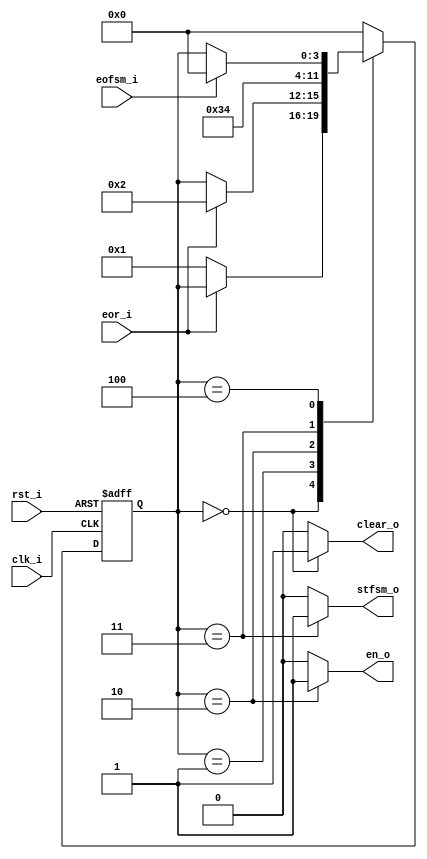
// Name: fsm_terminal.v
//
// Description: FSM para terminal de comandos

module fsm_terminal (
  input      rst_i,
  input      clk_i,
  input      eor_i,
  input      eofsm_i,
  output reg en_o,
  output reg clear_o,
  output reg stfsm_o
);

  localparam [3:0] s0  = 4'd0,  // Detectar activacion de rx
                   s1  = 4'd1,  // Esperar que termine rx 
                   s2  = 4'd2,  // Cargar buffer
                   s3  = 4'd3,  // Activar fsm
                   s4  = 4'd4;  // Esperar a que termine


  reg [3:0] next_state, present_state;

  always @(eor_i, eofsm_i, present_state) begin
    en_o = 1'b0; clear_o = 1'b0; stfsm_o = 1'b0;
    next_state = present_state;
    case (present_state)
      s0 : begin // Detectar activacion de rx y limpiar buffer
             en_o = 1'b0; clear_o = 1'b1; stfsm_o = 1'b0;
             if (~eor_i)
               next_state = s1;
           end
      s1 : begin // Esperar que termine rx 
             if (eor_i)
               next_state = s2;
           end
      s2 : begin // Cargar buffer
             en_o = 1'b1; clear_o = 1'b0; stfsm_o = 1'b0;
             next_state = s3;
           end
      s3 : begin // Activamos fsm
              en_o = 1'b0; clear_o = 1'b0; stfsm_o = 1'b1;
              next_state = s4;
           end            
      s4 : begin // Esperar que termine la fsm
             if (eofsm_i)
               next_state = s0;
           end 
 default : begin
             next_state = s0;
           end
    endcase
  end

  always @(posedge clk_i, posedge rst_i) begin
    if (rst_i)
      present_state <= s0;
    else
      present_state <= next_state;
  end

endmodule